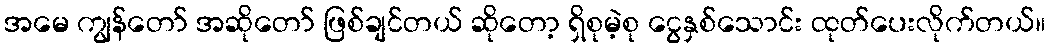
အမေ ကျွန်တော် အဆိုတော် ဖြစ်ချင်တယ် ဆိုတော့ ရှိစုမဲ့စု ငွေနှစ်သောင်း ထုတ်ပေးလိုက်တယ်။